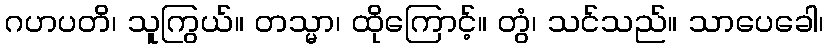
ဂဟပတိ၊ သူကြွယ်။ တသ္မာ၊ ထိုကြောင့်။ တွံ၊ သင်သည်။ သာပေခေါ၊